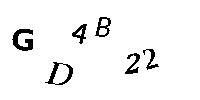
GD4B22